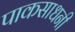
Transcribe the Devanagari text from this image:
पाकसाधनी